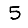
Digit: 5